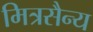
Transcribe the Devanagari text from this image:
मित्रसैन्य